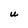
Character: U